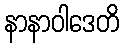
နာနာဝါဒေတိ